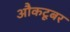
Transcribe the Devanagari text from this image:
औकटूबर